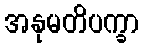
အနုမတိပက္ခာ